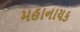
મહાનાયક